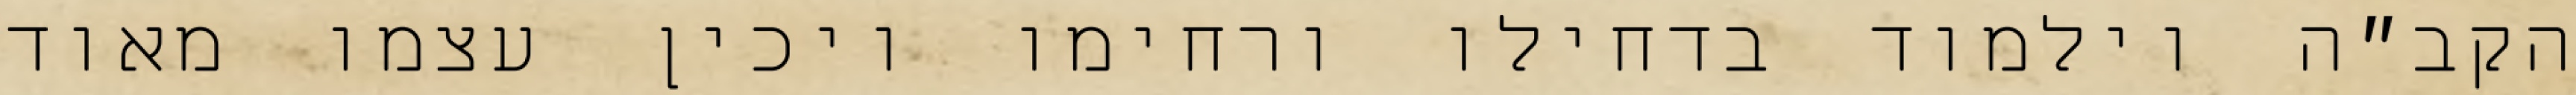
הקב״ה וילמוד בדחילו ורחימו ויכין עצמו מאוד